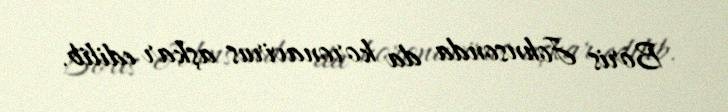
Boris Johnsonda da koronavirus aşkar edilib.